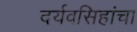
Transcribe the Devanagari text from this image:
दर्यवसिहांचा